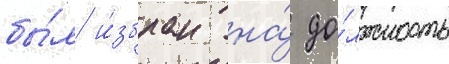
бы́л и́збран на́ до́лжность